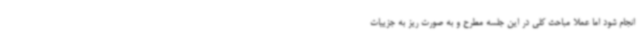
انجام شود اما عملا مباحث کلی در این جلسه مطرح و به صورت ریز به جزییات